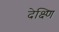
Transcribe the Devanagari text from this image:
देक्ष्णि